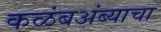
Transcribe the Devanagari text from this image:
कळंबअंब्याचा